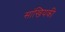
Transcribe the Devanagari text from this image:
सांखियकी